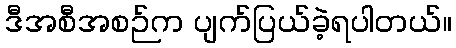
ဒီအစီအစဉ်က ပျက်ပြယ်ခဲ့ရပါတယ်။